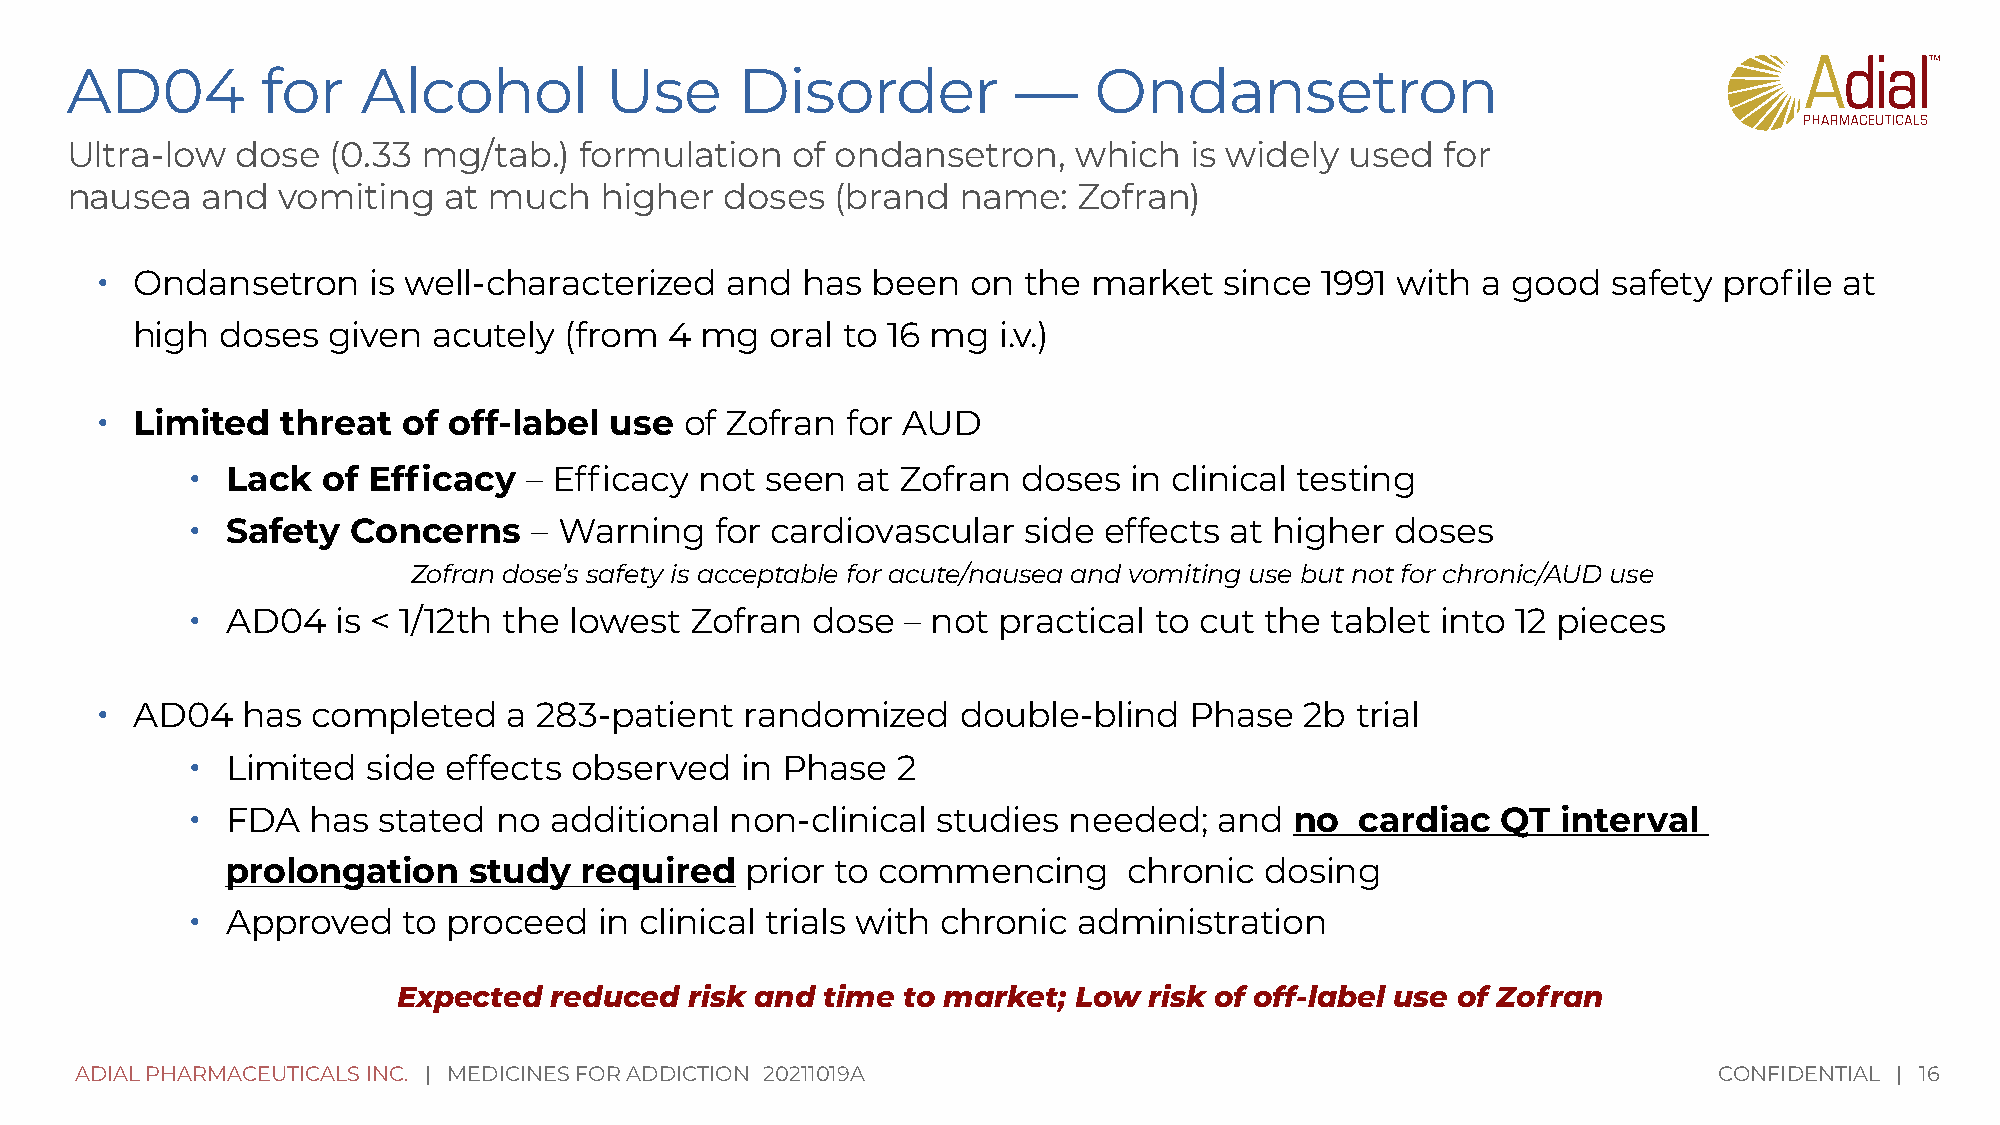
AD04         for    Alcohol         Use      Disorder          —    Ondansetron
 Ultra-low   dose  (0.33 mg/tab.)  formulation   of ondansetron,    which   is widely used   for
 nausea   and  vomiting   at much    higher  doses  (brand   name:  Zofran)
 •
 Ondansetron    is well-characterized   and  has  been  on  the market   since 1991 with  a good   safety profile at
 high  doses  given  acutely (from  4 mg   oral to 16 mg  i.v.)
 •
 Limited   threat  of off-label use  of Zofran  for AUD
 •
 Lack  of Efficacy   – Efficacy not  seen  at Zofran  doses  in clinical testing
 •
 Safety  Concerns    – Warning   for cardiovascular   side effects at higher  doses
 Zofran dose’s safety is acceptable for acute/nausea and vomiting use but not for chronic/AUD use
 •
 AD04   is < 1/12th the lowest  Zofran  dose  – not practical to cut  the tablet into 12 pieces
 •
 AD04   has  completed    a 283-patient  randomized     double-blind   Phase  2b  trial
 •
 Limited  side effects  observed   in Phase  2
 •
 FDA  has  stated  no additional  non-clinical  studies  needed;   and  no  cardiac  QT  interval
 prolongation    study  required   prior to commencing       chronic  dosing
 •
 Approved    to proceed   in clinical trials with chronic administration
 Expected  reduced   risk and time to market; Low  risk of off-label use of Zofran
 ADIAL PHARMACEUTICALS INC. | MEDICINES FOR ADDICTION 20211019A                                               CONFIDENTIAL | 16